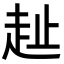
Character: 𧺠